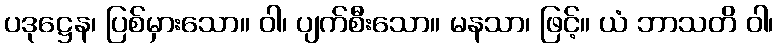
ပဒုဋ္ဌေန၊ ပြစ်မှားသော။ ဝါ၊ ပျက်စီးသော။ မနသာ၊ ဖြင့်။ ယံ ဘာသတိ ဝါ၊